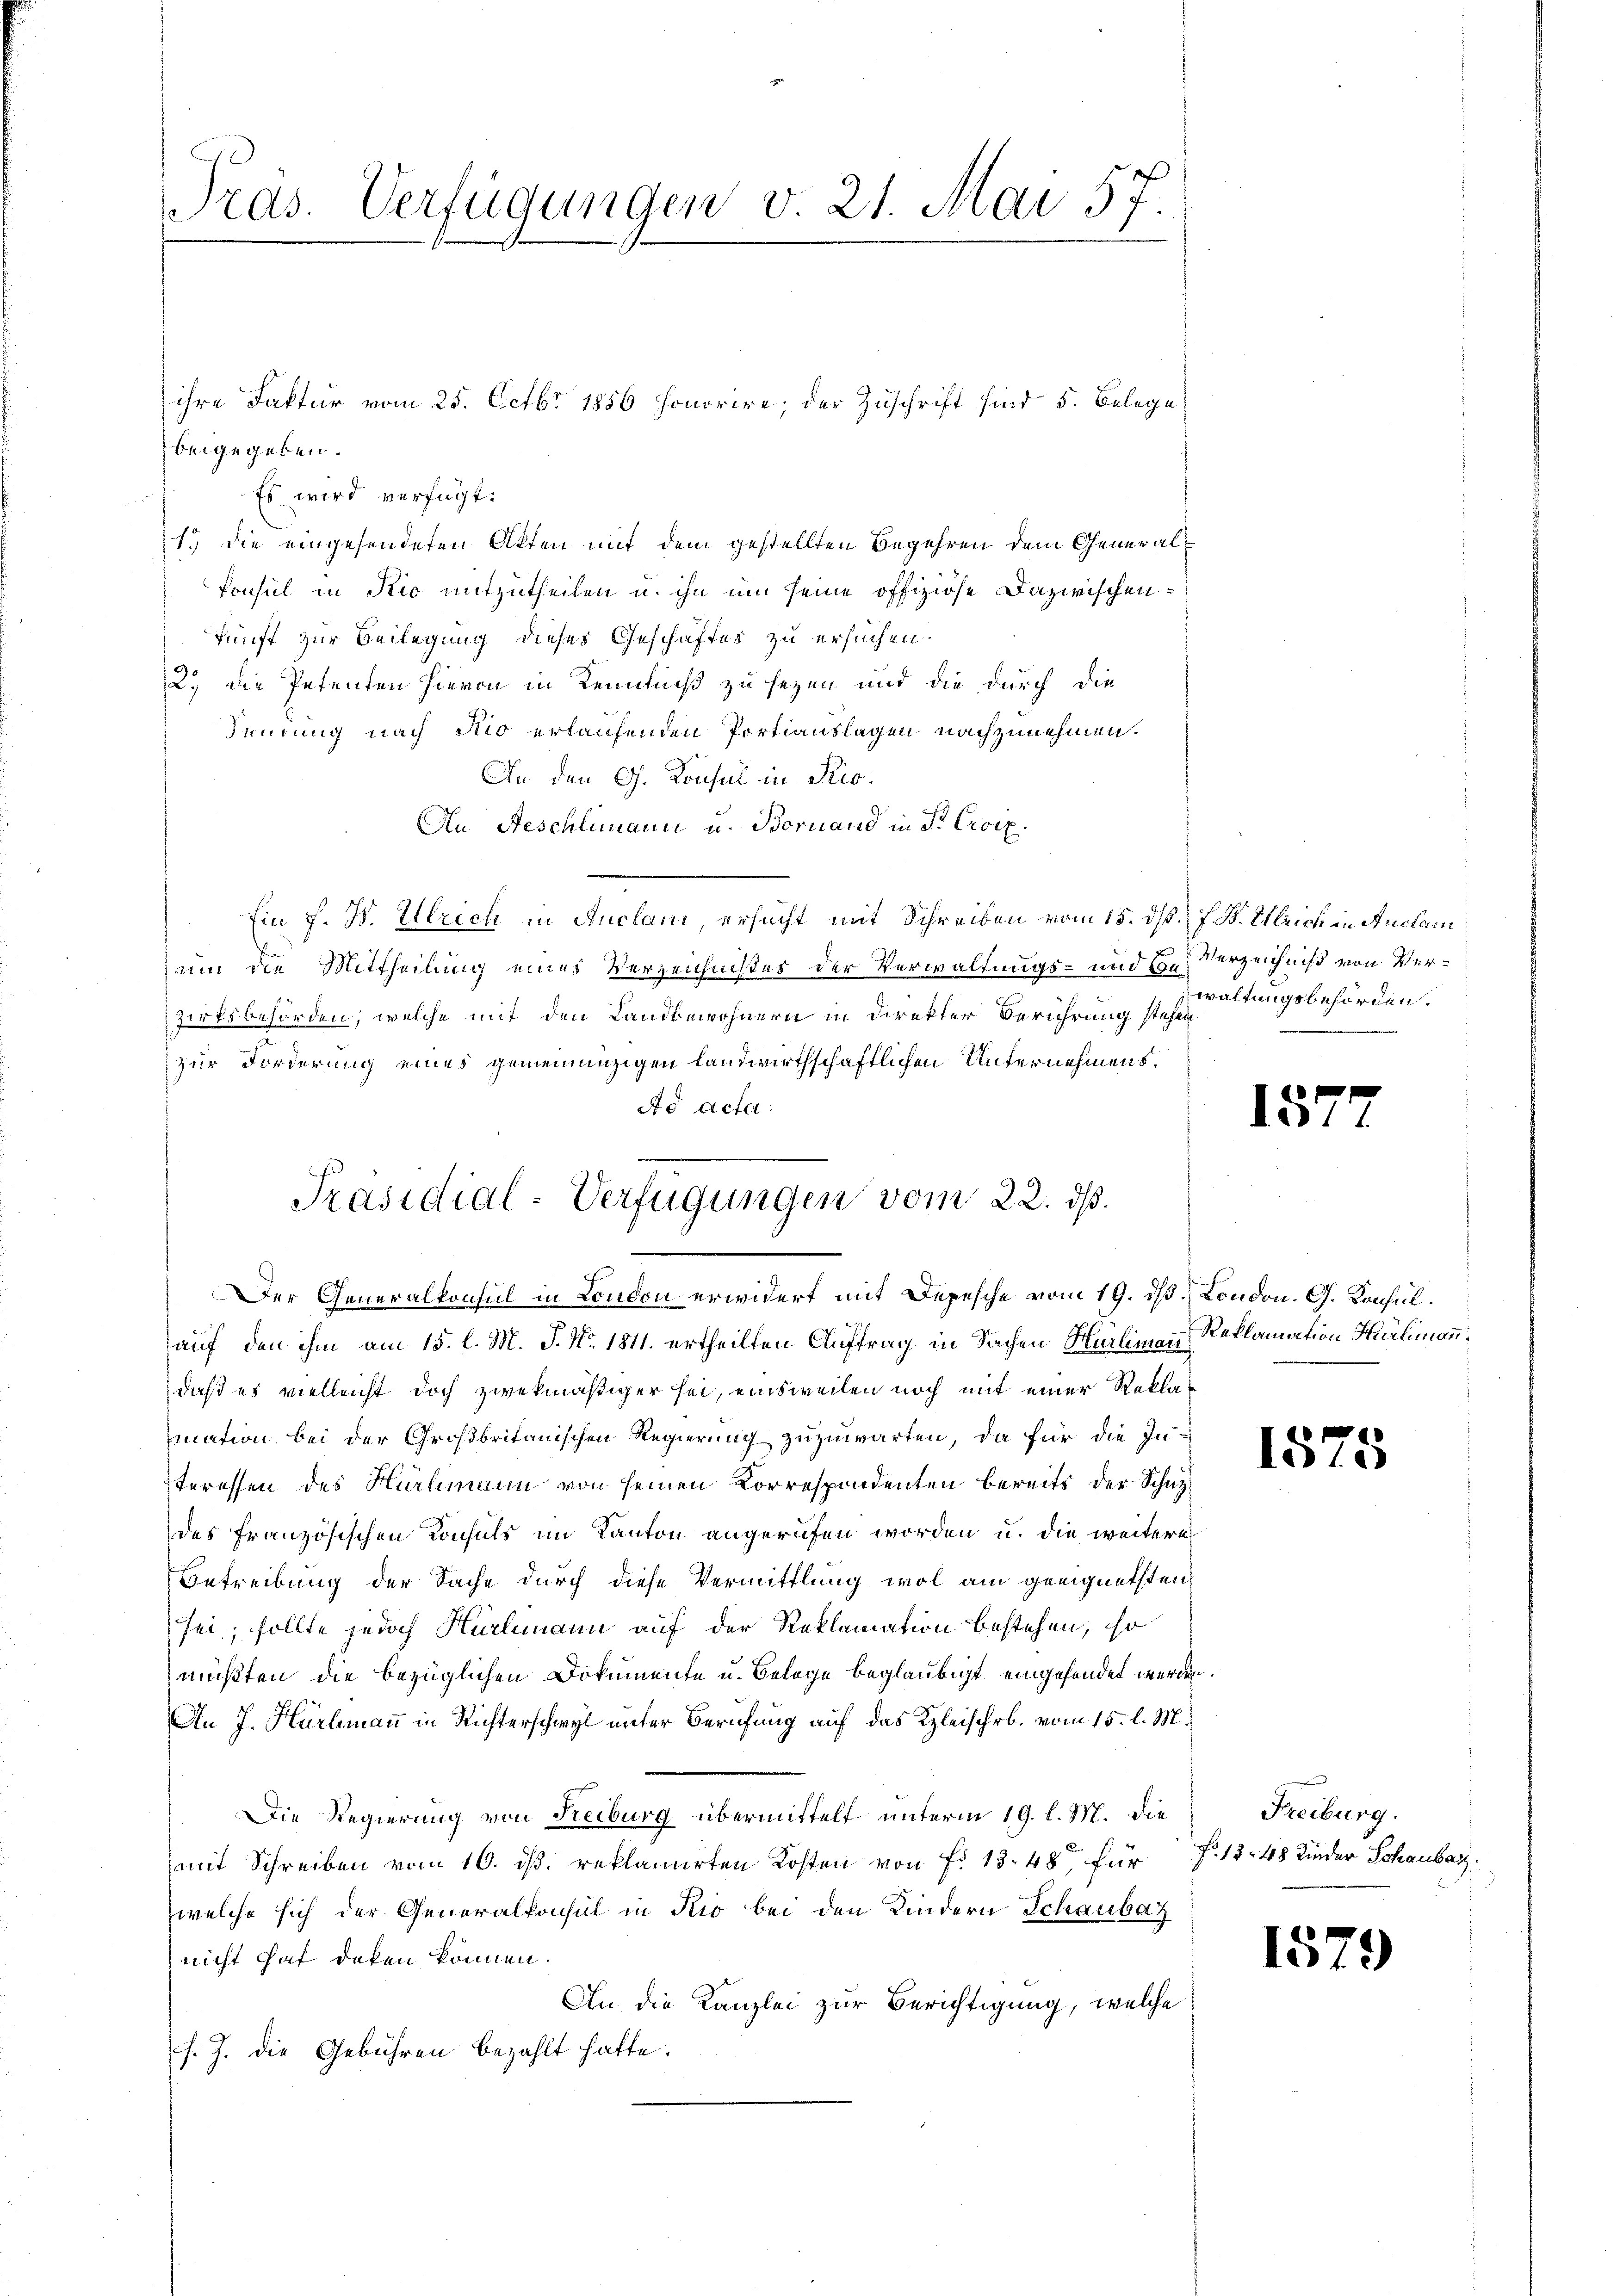
Pras. Verfügungen v. 21. Mai 57.

beigegeben.
Es wird verfügt:
1.) die eingesendeten Akten mit dem gestellten Begehren dem General¬
Consul in Rio mitzutheilen u. ihn um seine offiziöse Dazwischenkunft zur Beilegung dieses Geschäftes zu ersuchen.
2.) Die Petenten hievon in Kenntniß zu sezen und die durch die
Sendung nach Rio erlaufenden Portiauslagen nachzunehmen.
An den G. Konsul in Rio¬
An Aeschlimann u. Bernand in S. Croix.
Ein F. B. Ulrich in Auclami, ersucht mit Schreiben vom 15. dß. J. S. Ulrich in Auclam
um die Mittheilung eines Verzeichnisses der Verwaltungs- und Verzeichniß von Verzirksbehörden, welche mit den Landbewohnern in Direkter Berührung standeltungsbehörden.
zur Forderung eines gemeinanzigen Landwirthschaftlichen Unternehmens.
Ad Acta.
Präsidial-Verfügungen vom 22. ds.

ihre Faktur vom 25. Octbr 1856 honorire, der Zuschrift sind 5. Belege

Der Generalkonsul in London erwidert mit Depesche vom 19. dß London. G. Konsul¬

auf den ihm am 15. l. M. P. Nr. 1811. ertheilten Auftrag in Sachen Hürliman
daß es vielleicht doch zwekmäßiger sei, einsweilen noch mit einer Reklamation bei der Großbritanischen Regierung zuzuwarten, da für die Interessen des Hürlimann von seinen Korrespondenten bereits der Schutzdes französischen Konsuls im Kanton angerufen worden u. die weitere
Betreibung der Sache durch diese Vermittlung wol am geeignetsten
sei; sollte jedoch Hürlimann auf der Reklamation bestehen, so
müßten die bezüglichen Dokumente u. Belege beglaubigt eingehendet werden.
An J. Hürlimann in Richterschwyl unter Berufung auf das Kleischrb. vom 15. l. M.
Die Regierung von Reiburg übermittelt unterm 19. l. M. die
mit Schreiben vom 16. ds. reklamirten Kosten von Fr. 1348 für f. 18. 48 Kinder Schaubar
welche sich der Generalkonsul in Rio bei den Kindern Schaubaz
nicht hat deken können.
An die Kanzlei zur Berichtigung, welche
f. J. die Gebühren bezahlt hatte.

15

Reklamation Hürlimann.

1575

Freiburg.

1579